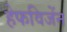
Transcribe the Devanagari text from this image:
हेफविजेंन